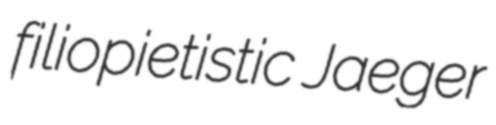
filiopietistic Jaeger